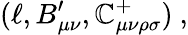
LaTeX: (\ell,B_{\mu\nu}^{\prime},\mathbb{C}_{\mu\nu\rho\sigma}^{+})\ ,